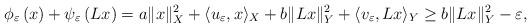
LaTeX: \begin{align*}\phi_{\varepsilon}\left(x\right)+\psi_{\varepsilon}\left(Lx\right) = a \lVert x \rVert^2_X +\langle u_\varepsilon,x\rangle_X +b \lVert Lx \rVert^2_Y +\langle v_\varepsilon,Lx\rangle_Y \geq b \lVert Lx \rVert^2_Y-\varepsilon,\end{align*}